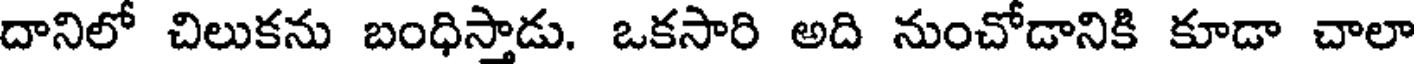
దానిలో చిలుకను బంధిస్తాడు. ఒకసారి అది నుంచోడానికి కూడా చాలా